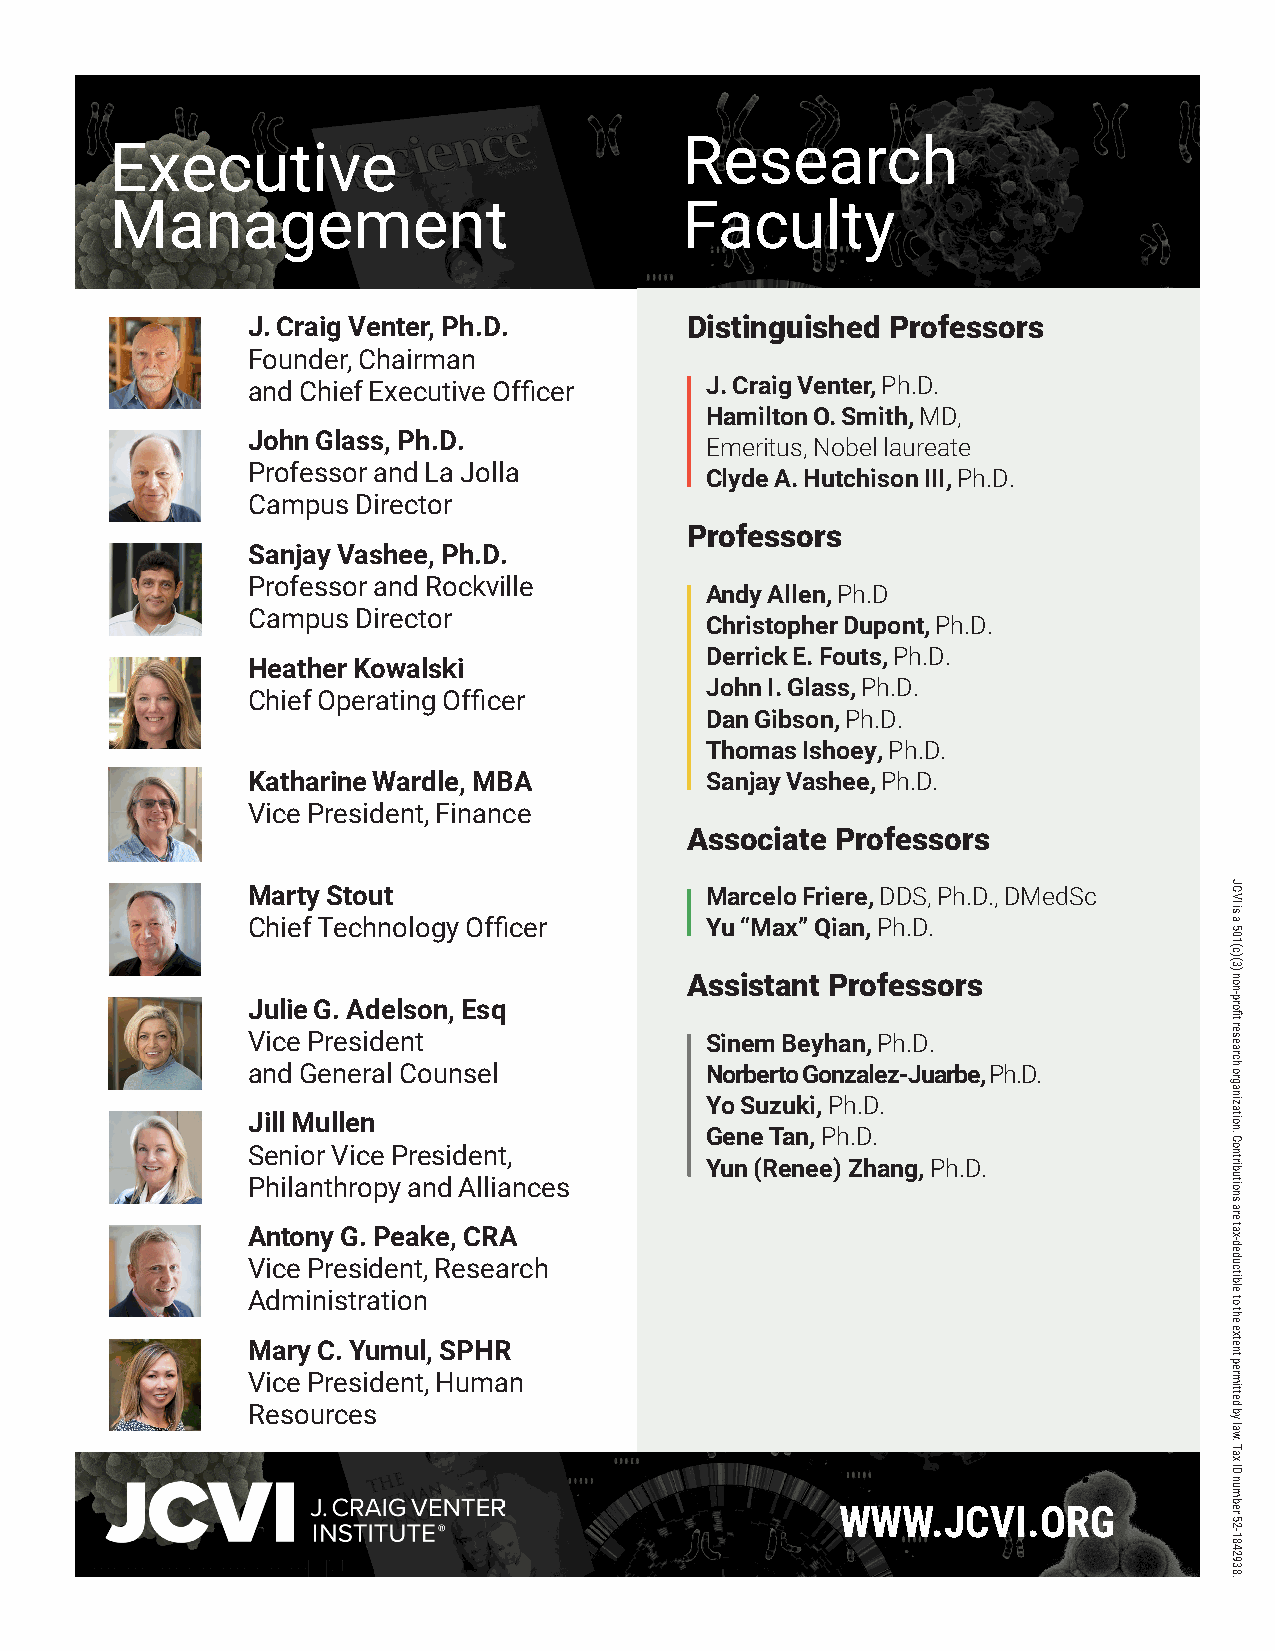
Research
 Executive
 Management                            Faculty
 J. Craig Venter, Ph.D.       Distinguished Professors
 Founder, Chairman
 and Chief Executive Officer    J. Craig Venter, Ph.D.
 Hamilton O. Smith, MD,
 John Glass, Ph.D.
 Emeritus, Nobel laureate
 Professor and La Jolla
 Clyde A. Hutchison III, Ph.D.
 Campus  Director
 Professors
 Sanjay Vashee, Ph.D.
 Professor and Rockville
 Andy Allen, Ph.D
 Campus  Director
 Christopher Dupont, Ph.D.
 Derrick E. Fouts, Ph.D.
 Heather Kowalski
 John I. Glass, Ph.D.
 Chief Operating Officer
 Dan Gibson, Ph.D.
 Thomas Ishoey, Ph.D.
 Katharine Wardle, MBA          Sanjay Vashee, Ph.D.
 Vice President, Finance
 Associate Professors
 Marty Stout                    Marcelo Friere, DDS, Ph.D., DMedSc
 Chief Technology Officer       Yu “Max” Qian, Ph.D.
 Assistant Professors
 Julie G. Adelson, Esq
 Vice President                 Sinem Beyhan, Ph.D.
 and General Counsel            Norberto Gonzalez-Juarbe, Ph.D.
 Yo Suzuki, Ph.D.
 Jill Mullen
 Gene Tan, Ph.D.
 Senior Vice President,
 Yun (Renee) Zhang, Ph.D.
 Philanthropy and Alliances
 Antony G. Peake, CRA
 Vice President, Research
 Administration
 Mary C. Yumul, SPHR
 Vice President, Human
 Resources
 WWW.JCVI.ORG
 JCVI
 is
 a
 501(c)(3)
 non-profit
 research
 organization.
 Contributions
 are
 tax-deductible
 to
 the
 extent
 permitted
 by
 law.
 Tax
 ID
 number
 52-1842938.